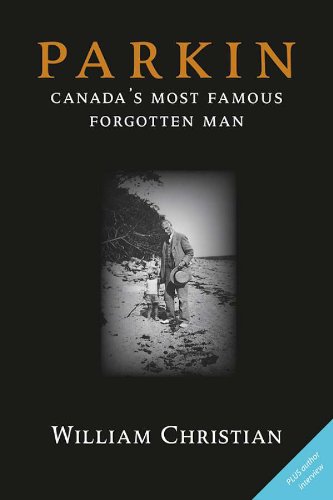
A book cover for Parkin: Canada's Most Famous Forgotten Man; William Christian; Biographies & Memoirs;